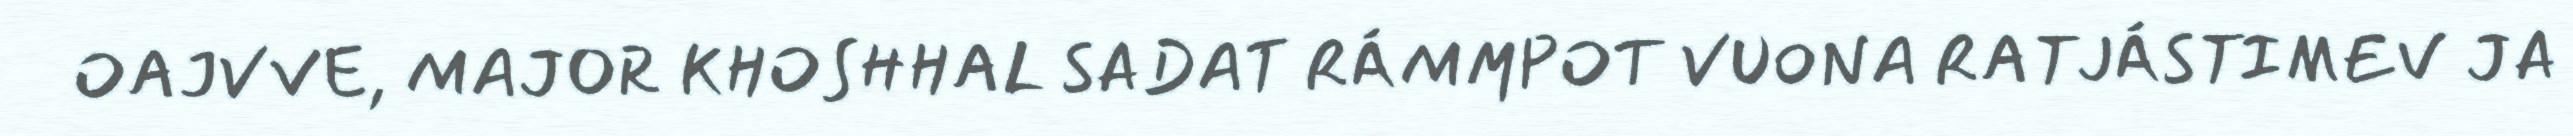
OAJVVE, MAJOR KHOSHHAL SADAT RÁMMPOT VUONA RATJÁSTIMEV JA